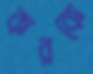
করকে